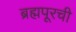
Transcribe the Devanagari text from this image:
ब्रह्मपूरची